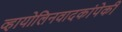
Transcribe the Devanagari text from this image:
व्हायोलिनवादकांपेकी